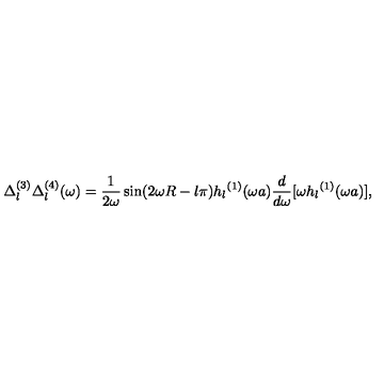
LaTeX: \Delta _ { l } ^ { ( 3 ) } \Delta _ { l } ^ { ( 4 ) } ( \omega ) = \frac { 1 } { 2 \omega } \sin ( 2 \omega R - l \pi ) { h _ { l } } ^ { ( 1 ) } ( \omega a ) { \frac { d } { d \omega } } [ \omega { h _ { l } } ^ { ( 1 ) } ( \omega a ) ] ,